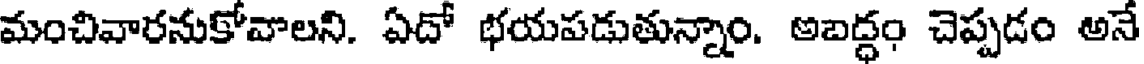
మంచివారనుకోవాలని. ఏదో భయపడుతున్నాం. అబద్ధం చెప్పడం అనే